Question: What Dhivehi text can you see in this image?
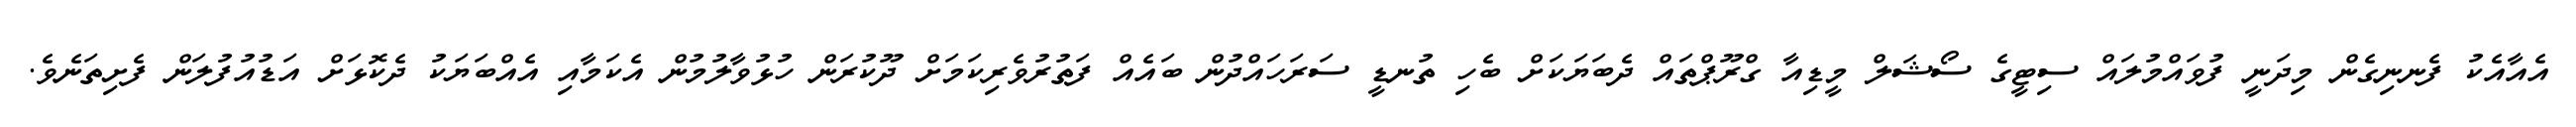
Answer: އެއާއެކު ފެނނިގެން މިދަނީ ފުވައްމުލައް ސިޓީގެ ސޯޝަލް މީޑިއާ ގްރޫޕްތައް ދެބަޔަކަށް ބެހި ތުނޑީ ސަރަހައްދުން ބައެއް ފަތުރުވެރިކަމަށް ދޫކުރަން ހުޅުވާލުމުން އެކަމާއި އެއްބަޔަކު ދެކޮޅަށް އަޑުއުފުލަން ފެށިތަނެވެ.